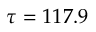
\tau = 1 1 7 . 9